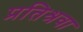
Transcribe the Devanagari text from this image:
प्रतिश्रवा